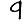
Digit: 9